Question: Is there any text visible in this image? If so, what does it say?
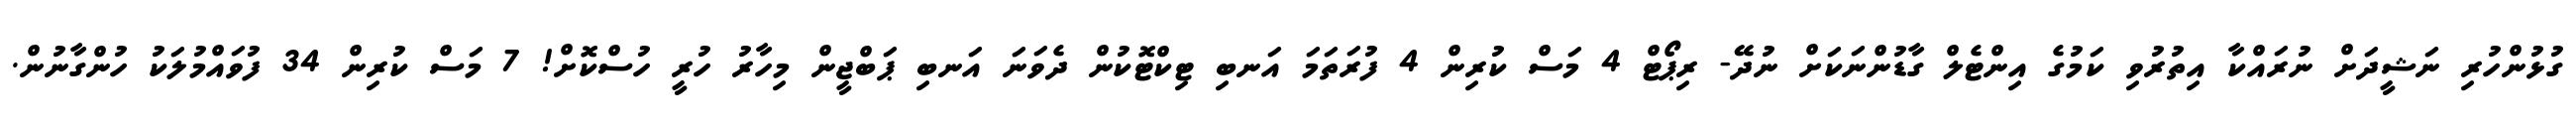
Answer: ގުޅުންހުރި ނަޝީދަށް ނުރައްކާ އިތުރުވި ކަމުގެ އިންޓެލް ގާޑުންނަކަށް ނުދޭ- ރިޕޯޓް 4 މަސް ކުރިން 4 ފުރަތަމަ އަނބި ޓިކްޓޮކުން ދެވަނަ އަނބި ޕަބްޖީން މިހާރު ހުރީ ހުސްކޮށް! 7 މަސް ކުރިން 34 ފުވައްމުލަކު ހުންގާނުން.